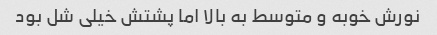
نورش خوبه و متوسط به بالا اما پشتش خیلی شل بود